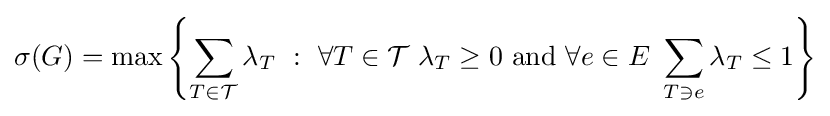
\sigma (G)=\max \left\{\sum _{T\in {\mathcal {T}}}\lambda _{T}\ :\ \forall T\in {\mathcal {T}}\ \lambda _{T}\geq 0{\mbox{ and }}\forall e\in E\ \sum _{T\ni e}\lambda _{T}\leq 1\right\}